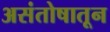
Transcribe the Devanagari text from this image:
असंतोषातून